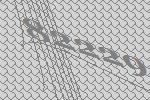
82229